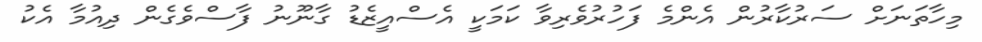
މިހާތަނަށް ސަރުކާރުން އެންމެ ފަހުރުވެރިވާ ކަމަކީ އެސްއީޒެޑު ގާނޫނު ފާސްވެގެން ދިއުމާ އެކު